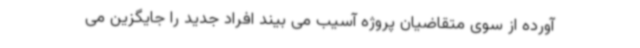
آورده از سوی متقاضیان پروژه آسیب می بیند افراد جدید را جایگزین می